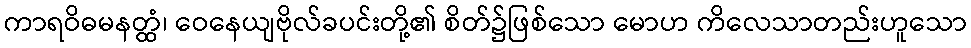
ကာရဝိဓမနတ္ထံ၊ ဝေနေယျဗိုလ်ခပင်းတို့၏ စိတ်၌ဖြစ်သော မောဟ ကိလေသာတည်းဟူသော